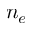
n _ { e }